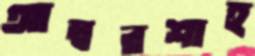
আম্বরশাহ